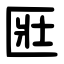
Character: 匨